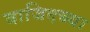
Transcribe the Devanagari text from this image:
वाजिदच्या